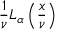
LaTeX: { \frac { 1 } { \nu } } L _ { \alpha } \left( { \frac { x } { \nu } } \right)